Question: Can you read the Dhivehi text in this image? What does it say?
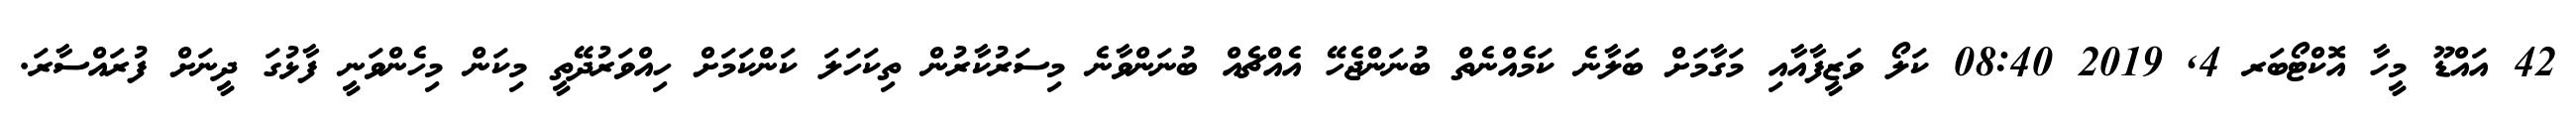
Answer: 42 އައްޑޫ މީހާ އޮކްޓޯބަރ 4, 2019 08:40 ކަލޯ ވަޒީފާއާއި މަގާމަށް ބަލާނެ ކަމެއްނެތް ބުނަންޖެހޭ އެއްޗެއް ބުނަންވާނެ މިސަރުކާރުން ތިކަހަލަ ކަންކަމަށް ހިއްވަރުދޭތީ މިކަން މިހެންވަނީ ފާޅުގަ ދީނަށް ފުރައްސާރަ.